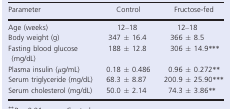
| Parameter | Control | Fructose‐fed |
 | --- | --- | --- |
 | Age (weeks) | 12–18 | 12–18 |
 | Body weight (g) | 347 ± 16.4 | 366 ± 8.5 |
 | Fasting blood glucose (mg/dL) | 188 ± 12.8 | 306 ± 14.9b |
 | Plasma insulin (μg/mL) | 0.18 ± 0.486 | 0.96 ± 0.272a |
 | Serum triglyceride (mg/dL) | 68.3 ± 8.87 | 200.9 ± 25.90b |
 | Serum cholesterol (mg/dL) | 50.0 ± 2.14 | 74.3 ± 3.86a |